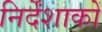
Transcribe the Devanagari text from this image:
निर्देंशाकों